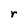
Character: r